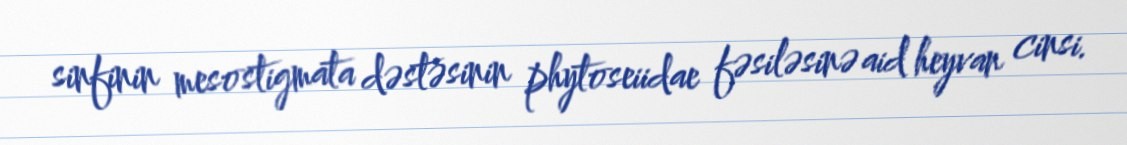
sinfinin mesostigmata dəstəsinin phytoseiidae fəsiləsinə aid heyvan cinsi.